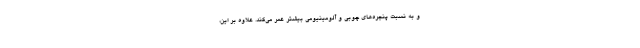
و به نسبت پنجره‌های چوبی و آلومینیومی بیشتر عمر می‌کند. علاوه بر این،